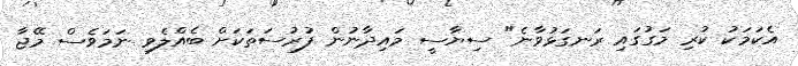
އެކަމަކު ކުރި މަގުގައި ރަނގަޅުވާނެ" ސިޔާސީ މައިދާނުން ފުރުސަތަކަށް ބެއްލެވި ނަމަވެސް މޭޖާ